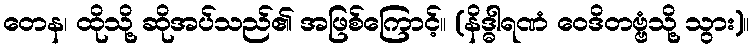
တေန၊ ထိုသို့ ဆိုအပ်သည်၏ အဖြစ်ကြောင့်။ (နိဒ္ဓါရဏံ ဝေဒိတဗ္ဗံသို့ သွား)။